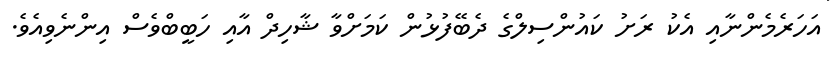
އަހަރެމެންނާއި އެކު ރަށު ކައުންސިލްގެ ދެބޭފުޅުން ކަމަށްވާ ޝާހިދް އާއި ހަބީބްވެސް އިންނެވިއެވެ.